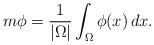
LaTeX: \begin{align*}m\phi=\frac{1}{|\Omega|}\int_\Omega \phi(x)\,dx.\end{align*}